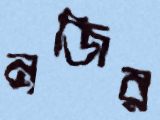
নজির